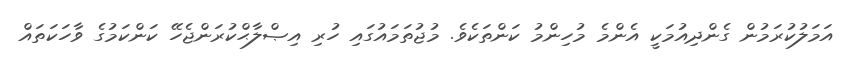
އަމަލުކުރަމުން ގެންދިއުމަކީ އެންމެ މުހިންމު ކަންތަކެވެ. މުޖުތަމައުގައި ހުރި އިޞްލާޙްކުރަންޖެހޭ ކަންކަމުގެ ވާހަކަތައް